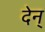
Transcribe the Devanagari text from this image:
देन्